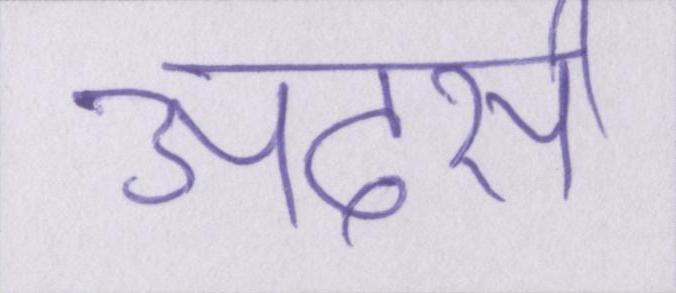
अदर्स